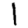
Digit: 1